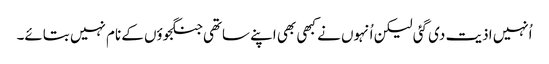
اُنہیں اذیت دی گئی لیکن اُنہوں نے کبھی بھی اپنے ساتھی جنگجوؤں کے نام نہیں بتائے۔